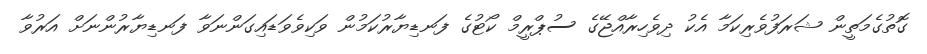
ގޮތުގެމަތީން ޝަރަފުވެރިކަމާ އެކު ދިވެހިރާއްޖޭގެ ސުޕްރީމް ކޯޓުގެ ފަނޑިޔާރުކަމުން ވަކިވެވަޑައިގަންނަވާ ފަނޑިޔާރުންނަށް އަރުވާ